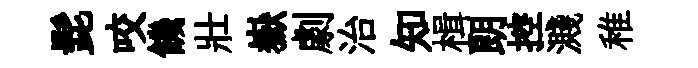
髭咬饑壯嶽劇治知楫朗控濺稚